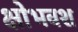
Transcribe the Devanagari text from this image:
क्षोभवश